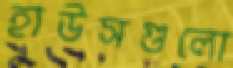
হাউসগুলো